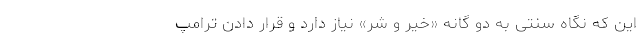
این که نگاه سنتی به دو گانه «خیر و شر» نیاز دارد و قرار دادن ترامپ